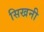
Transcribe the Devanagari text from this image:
सिखनी